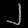
Digit: ၂